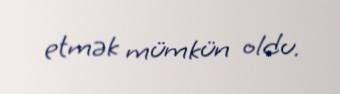
etmək mümkün oldu.